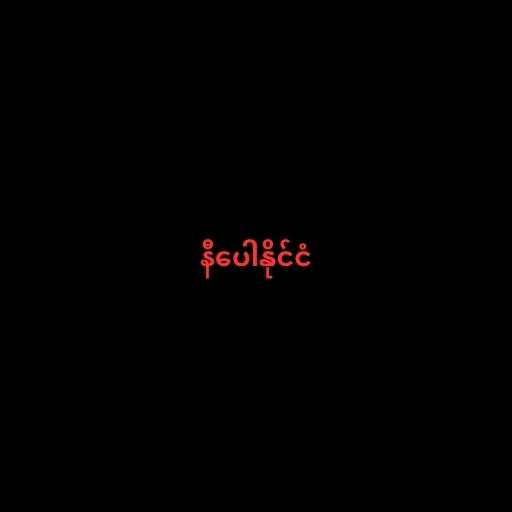
နီပေါနိုင်ငံ